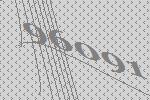
96091